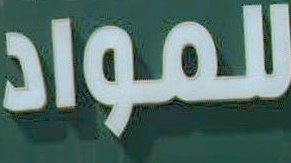
للمواد